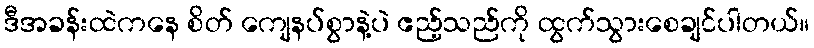
ဒီအခန်းထဲကနေ စိတ် ကျေနပ်စွာနဲ့ပဲ ဧည့်သည်ကို ထွက်သွားစေချင်ပါတယ်။